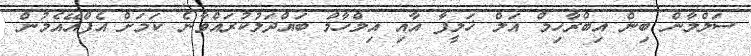
ސަލްމާން ބިން އިބްރާހިމް އަލް ޚަލީފާ އާއި އިލްހާމް ބައްދަލުކުރައްވާނެ ކަމަށް އެފްއޭއެމުން